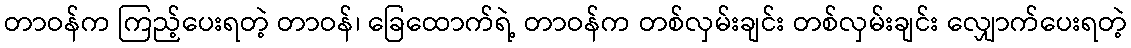
တာဝန်က ကြည့်ပေးရတဲ့ တာဝန်၊ ခြေထောက်ရဲ့ တာဝန်က တစ်လှမ်းချင်း တစ်လှမ်းချင်း လျှောက်ပေးရတဲ့